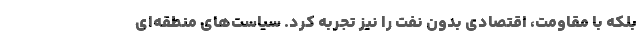
بلکه با مقاومت، اقتصادی بدون نفت را نیز تجربه کرد. سیاست‌های منطقه‌ای